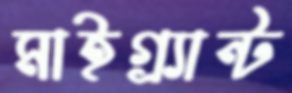
মাইগ্র্যান্ট